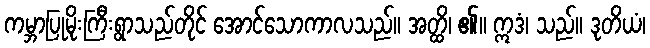
ကမ္ဘာပြုမိုးကြီးရွာသည်တိုင် အောင်သောကာလသည်။ အတ္ထိ၊ ၏။ ဣဒံ၊ သည်။ ဒုတိယံ၊